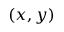
\left( x , y \right)